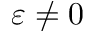
\varepsilon \neq 0